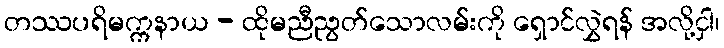
တဿပရိမက္ကနာယ - ထိုမညီညွတ်သောလမ်းကို ရှောင်လွှဲရန် အလို့ငှါ၊